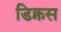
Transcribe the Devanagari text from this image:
डिक्नस